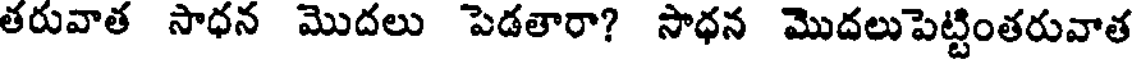
తరువాత సాధన మొదలు పెడతారా? సాధన మొదలుపెట్టింతరువాత